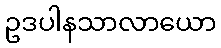
ဥဒပါနသာလာယော